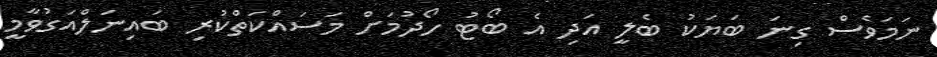
ނަމަވެސް ގިނަ ބަޔަކު ބެލީ އަދި އެ ބޯޓު ހޯދުމަށް މަސައްކަތްކުރި ބައިނަލްއަގުވާމީ